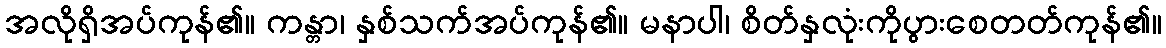
အလိုရှိအပ်ကုန်၏။ ကန္တာ၊ နှစ်သက်အပ်ကုန်၏။ မနာပါ၊ စိတ်နှလုံးကိုပွားစေတတ်ကုန်၏။